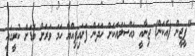
"ޕީޖީން (އެކަން) ޖިނާއީ މައްސަލައަކަށް ހަދަން ފަށައިފިއްޔާ ހަމަ ވަރަށް ބޮޑަށް ކުރީގައި